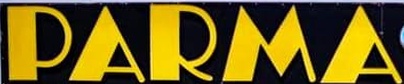
PARMA